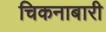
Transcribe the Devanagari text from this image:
चिकनाबारी